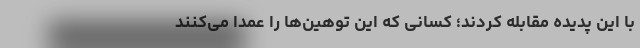
با این پدیده مقابله کردند؛ کسانی که این توهین‌ها را عمداً می‌کنند